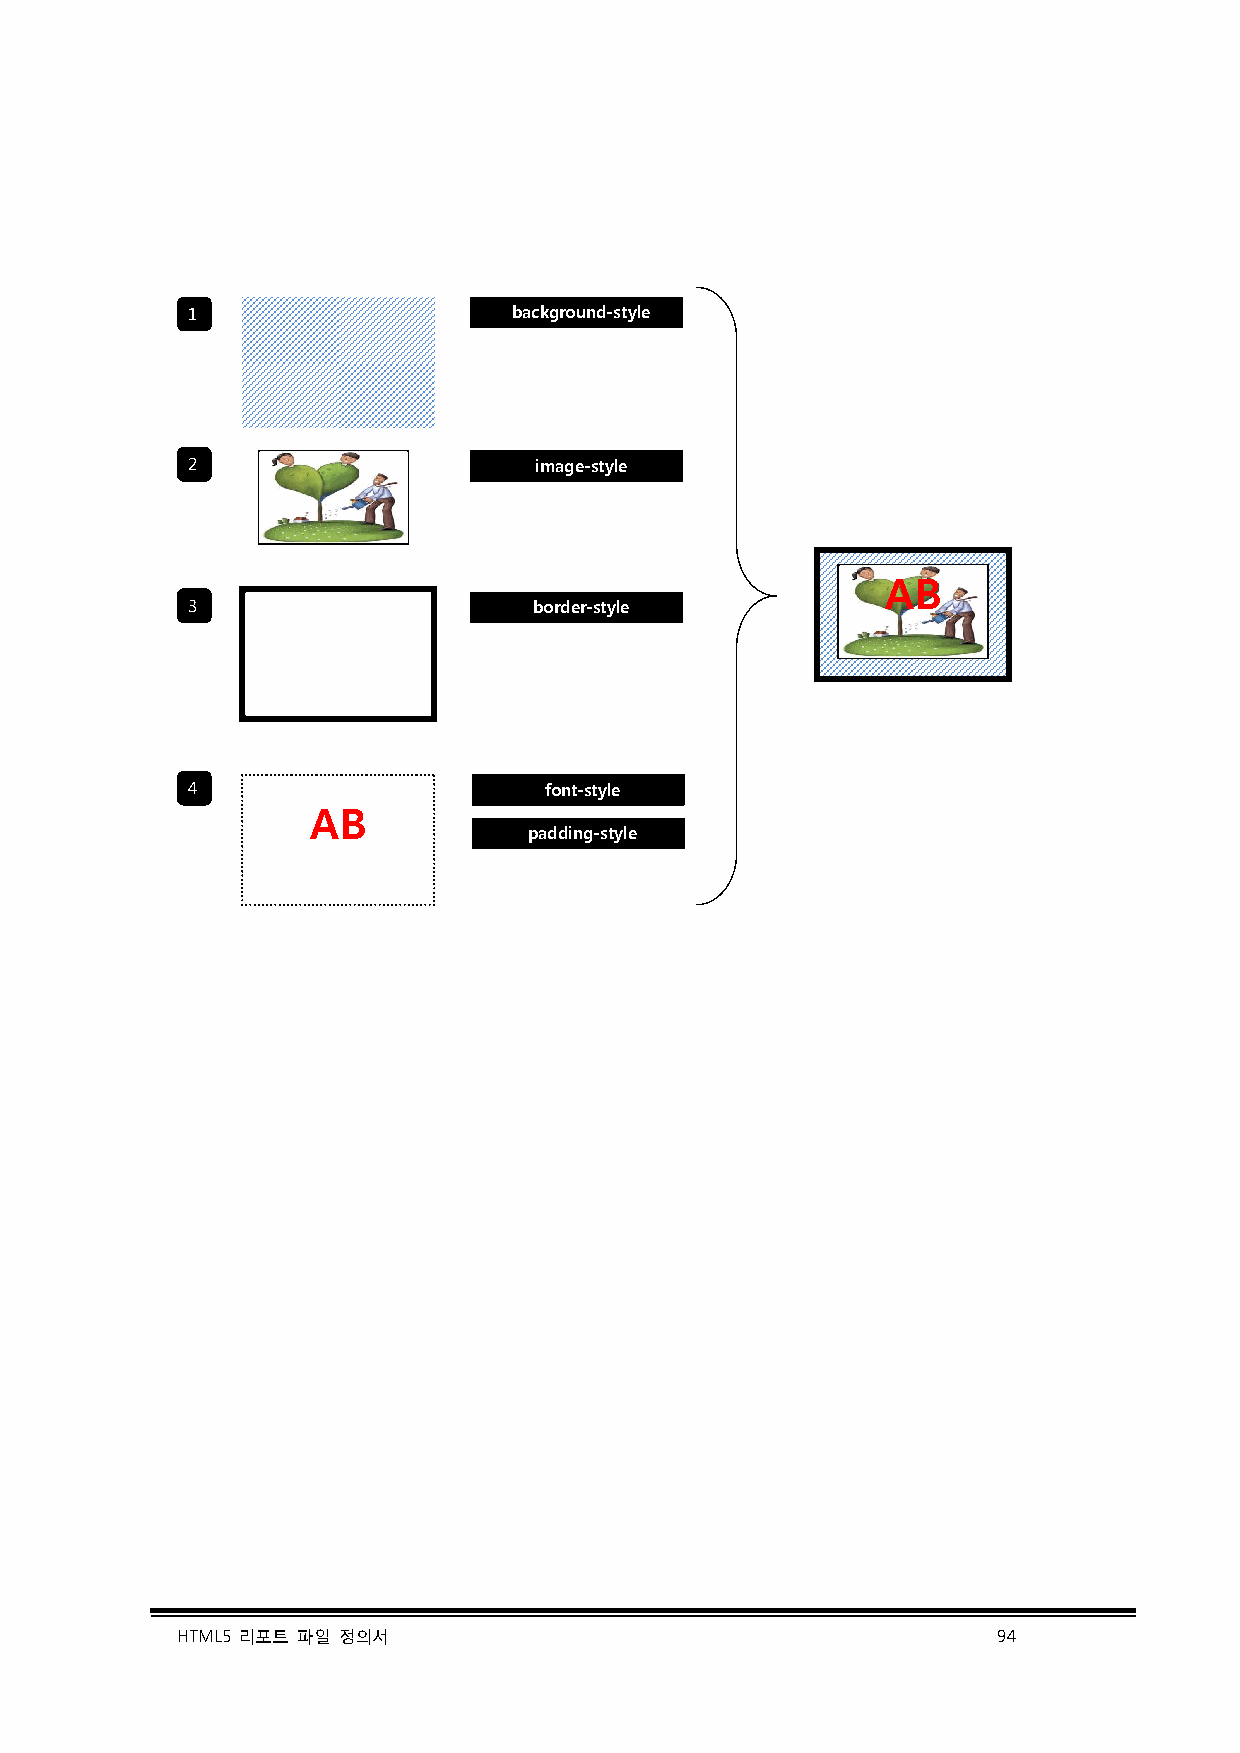
1                     background-style
 2                      image-style
 AB
 3                      border-style
 4                       font-style
 AB
 padding-style
 HTML5 리포트 파일 정의서                                      94